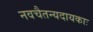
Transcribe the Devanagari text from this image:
नवचैतन्यदायकाः